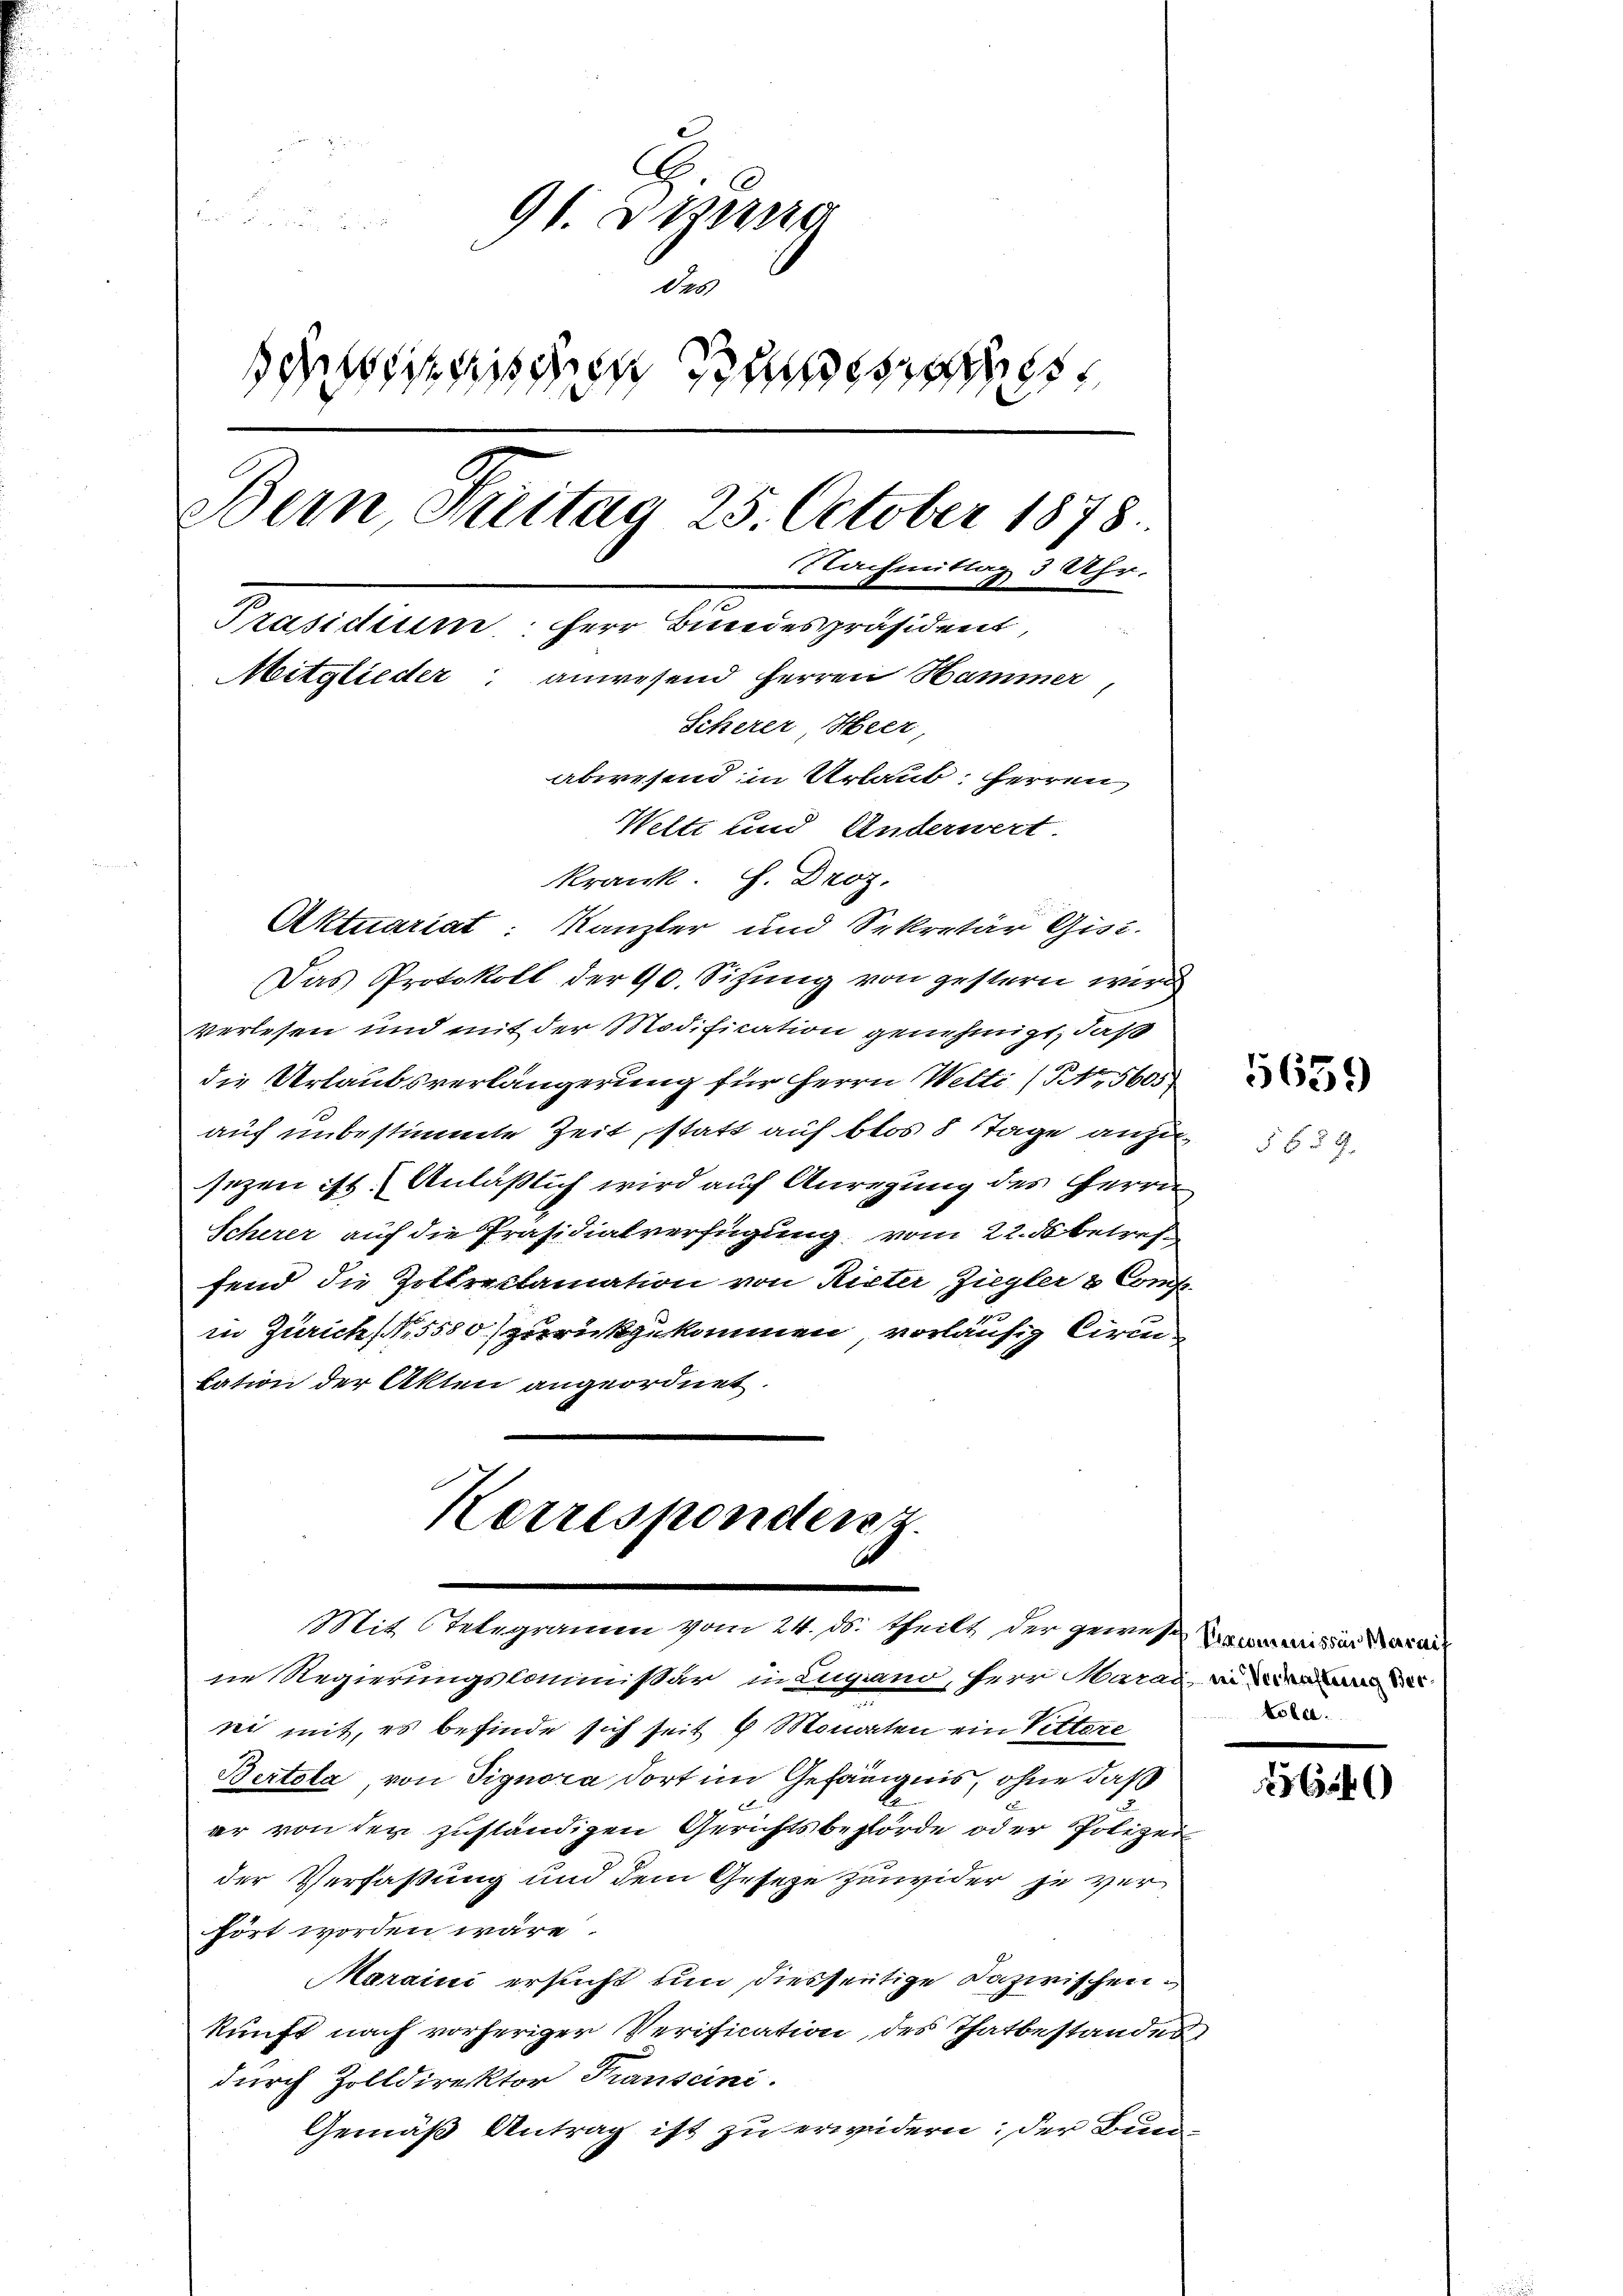
Er an di
91. Etzung
des
distischen Be
Bern Freitag 25. October 1878.
Nachmittag 3 Uhr.
Präsidium: Herr Bundespräsident,
Mitglieder anwesend Herren Hammer,
Scherer Heer,
abwesend in Urlaub, Herren
Welti und Anderwert
krank. H. Droz.

Aktuariat: Kanzler und Sekretär Gisi-
Das Protokoll der 90. Sitzung von gestern wird
verlesen und mit der Modification genehmigt, daß
die Urlaubsverlängerung für Herrn Welti (Nr. 5605
auf unbestimmte Zeit, statt auf blos 8 Tage anzusezen ist. Anläßlich wird auf Anregung des Herrn
Scherer auf die Präsidialverfügung vom 22. 5 betref
fend die Zottreclamation von Rieter Ziegler & Com-
in Zürich (5580 zurückzukommen, vorläufig Kirc
tation der Akten angeordnet.
Kerrespondenz.
Mit 6 Telegramm vom 24. ds. theilt der gewesen die darau
ne Regierungscommissär in Lugand, Herr Karai, in
ni mit, es befinde sich seit 4 Monaten ein Vettere
Bertola von Signora dort im Gefängnis, ohne daß
er von der zuständigen Gerichtsbehörde oder Polizei
der Verfaßung und dem Gesetze zuwider je ver
hört worden wäre.
Maraini ersucht um diesseitige Dazwischen.
kunft nach vorheriger Verification des Thatbestandes
durch Zolldirektor Franscini.
Gemäß Antrag ist zu erwidern; der Bun¬

5659

§ 65 f.

tola.

1254)